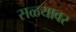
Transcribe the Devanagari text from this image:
सळ्यावर